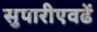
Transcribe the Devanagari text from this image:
सुपारीएवढें